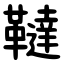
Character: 韃